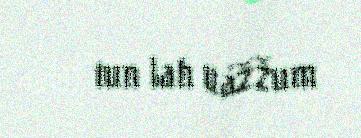
tun lah uážžum